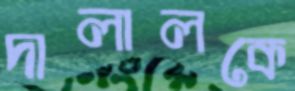
দালালকে